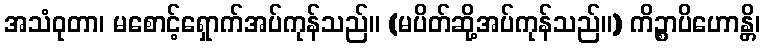
အသံဝုတာ၊ မစောင့်ရှောက်အပ်ကုန်သည်။ (မပိတ်ဆို့အပ်ကုန်သည်။) ကိဉ္စာပိဟောန္တိ၊